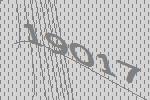
19017